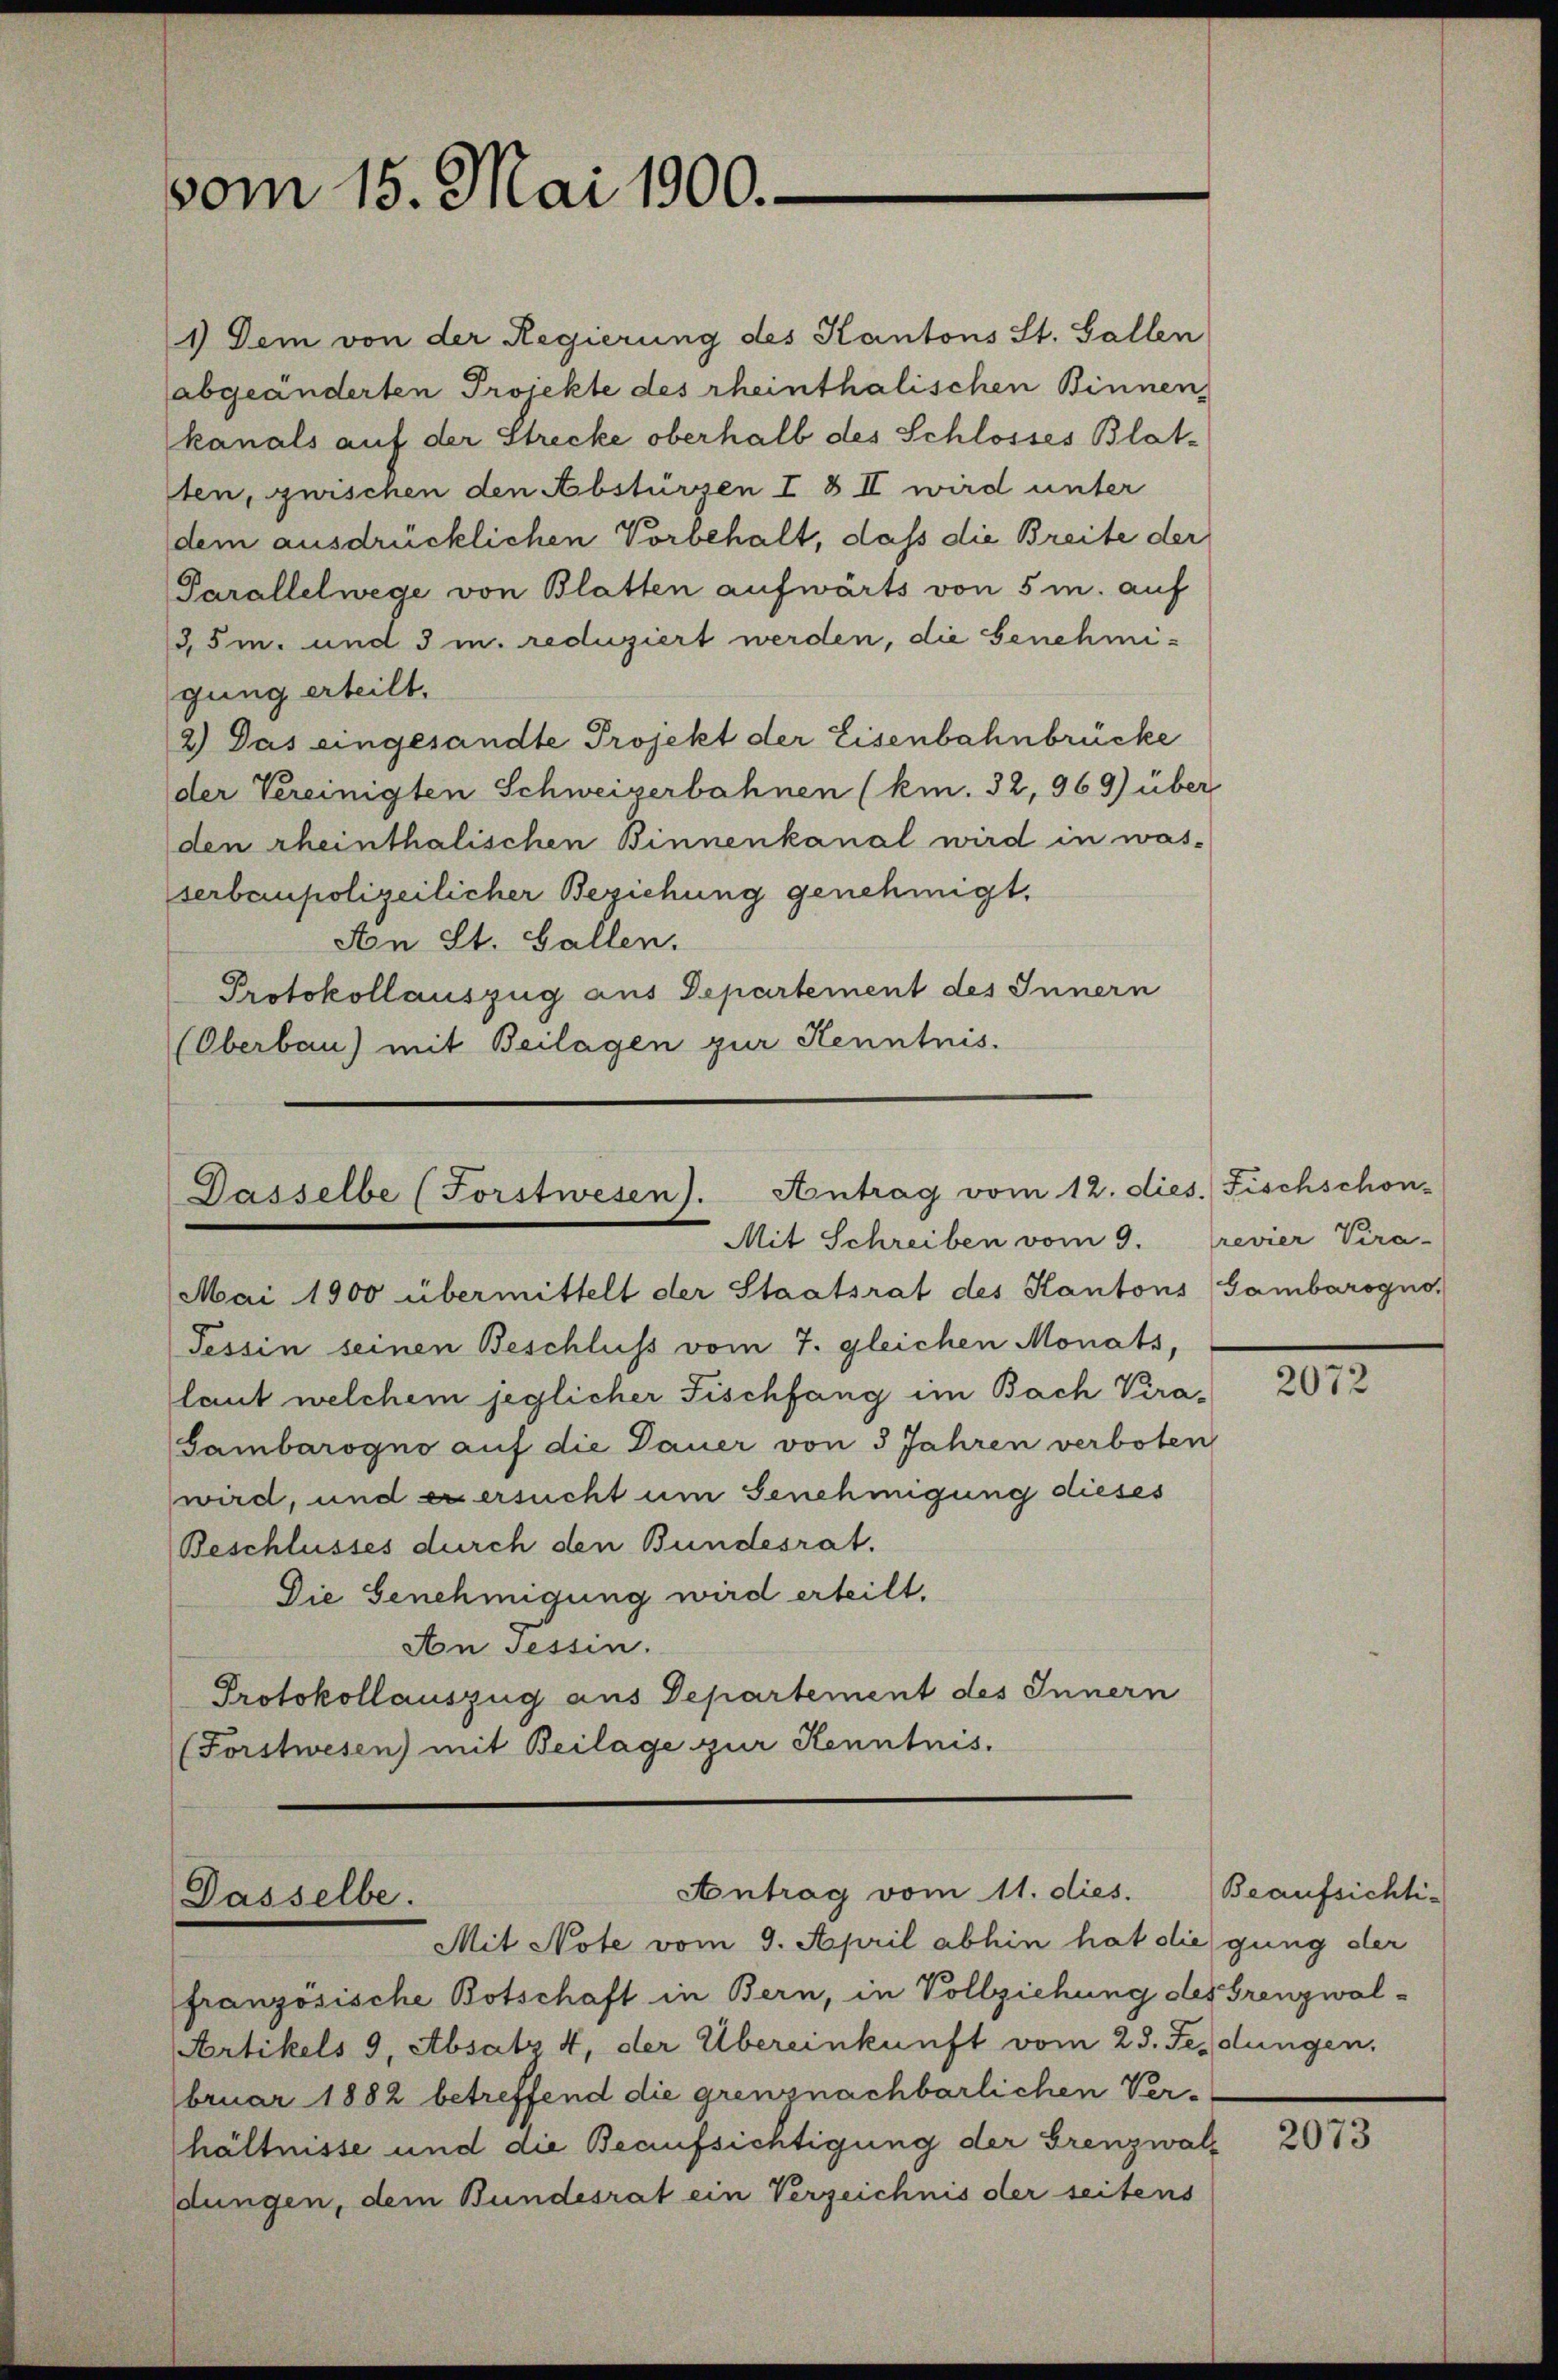
vom 15. Mai 1900.-

1) Dem von der Regierung des Kantons St. Gallen
abgeänderten Projekte des rheinthalischen Binnen
kanals auf der Strecke oberhalb des Schlosses Blatten, zwischen den Abstürzen I & II wird unter
dem ausdrücklichen Vorbehalt, daß die Breite der
Parallelwege von Blatten aufwärts von 5 m. auf
3,5 m. und 3 m. reduziert werden, die Genehmigung erteilt.
2.) Das eingesandte Projekt der Eisenbahnbrücke
der Vereinigten Schweizerbahnen (km. 32, 969) über
den rheinthalischen Binnenkanal wird in was
serbaupolizeilicher Beziehung genehmigt,
An St. Gallen.
Protokollauszug aus Departement des Innern
(Oberbau) mit Beilagen zur Kenntnis.

Gasselbe (Forstwesen). Antrag vom 12. di
Mit Schreiben vom 9.

Mai 1900 übermittelt der Staatsrat des Kantons (Gambarogno
Tessin seinen Beschluss vom 7. gleichen Monats,
laut welchem jeglicher Fischfang im Bach Vira¬
Sambarogno auf die Dauer von 3 Jahren verboten
wird, und es ersucht um Genehmigung dieses
Beschlusses durch den Bundesrat.
Die Genehmigung wird erteilt.
An Tessin.
Protokollauszug aus Departement des Innern
(Forstwesen) mit Beilage zur Kenntnis.

Antrag vom 11. dies. Beaufsichti-
Dasselbe.
Mit Note vom 9. April abhin hat die gung der

s. Fischschon
revier Vera-

französische Botschaft in Bern, in Vollziehung des Grenzwal-
Artikels 9, Absatz 4, der Übereinkunft vom 25. Feldungen.
bruar 1882 betreffend die grenznachbarlichen Ver-
hältnisse und die Beaufsichtigung der Grenzwaldungen, dem Bundesrat ein Verzeichnis der seitens

2072

2073